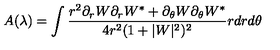
A ( \lambda ) = \int \frac { r ^ { 2 } \partial _ { r } W \partial _ { r } W ^ { * } + \partial _ { \theta } W \partial _ { \theta } W ^ { * } } { 4 r ^ { 2 } ( 1 + | W | ^ { 2 } ) ^ { 2 } } r d r d \theta